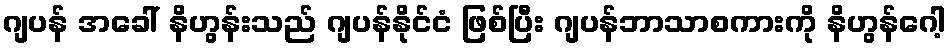
ဂျပန် အခေါ် နိဟွန်းသည် ဂျပန်နိုင်ငံ ဖြစ်ပြီး ဂျပန်ဘာသာစကားကို နိဟွန်ဂေါ့